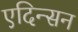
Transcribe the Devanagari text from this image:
एदिन्सन